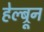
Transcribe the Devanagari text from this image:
हेल्ब्रून